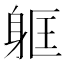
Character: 𮜳